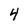
Character: 4